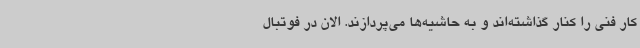
کار فنی را کنار گذاشته‌اند و به حاشیه‌ها می‌پردازند. الان در فوتبال